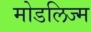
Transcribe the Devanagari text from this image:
मोडलिज्म